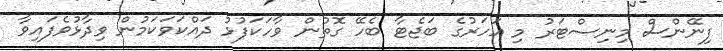
ފިނޭންސް މިނިސްޓަރު މި އަހަރުގެ ބަޖެޓާ ބެހޭ ގޮތުން ވާހަކަފުޅު ދައްކަވަކަމުން ވިދާޅުވެފައިވާ